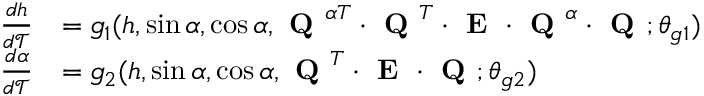
\begin{array} { r l } { \frac { d h } { d \mathcal { T } } } & { = g _ { 1 } ( h , \sin \alpha , \cos \alpha , \textbf { Q } ^ { \alpha T } \cdot \textbf { Q } ^ { T } \cdot \textbf { E } \cdot \textbf { Q } ^ { \alpha } \cdot \textbf { Q } ; \theta _ { g 1 } ) } \\ { \frac { d \alpha } { d \mathcal { T } } } & { = g _ { 2 } ( h , \sin \alpha , \cos \alpha , \textbf { Q } ^ { T } \cdot \textbf { E } \cdot \textbf { Q } ; \theta _ { g 2 } ) } \end{array}